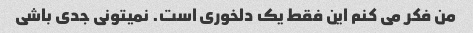
من فکر می کنم این فقط یک دلخوری است. نمیتونی جدی باشی